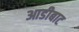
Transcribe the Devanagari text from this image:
आडीबाट